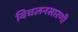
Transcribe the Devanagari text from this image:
विचलनसारणी